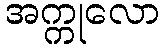
အက္ကုလော